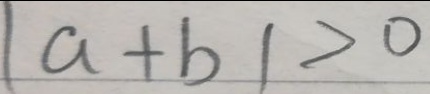
\vert a + b \vert > 0